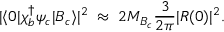
| \langle 0 | \chi _ { b } ^ { \dagger } \psi _ { c } | B _ { c } \rangle | ^ { 2 } \; \approx \; 2 M _ { B _ { c } } { \frac { 3 } { 2 \pi } } | R ( 0 ) | ^ { 2 } .